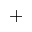
^ { + }